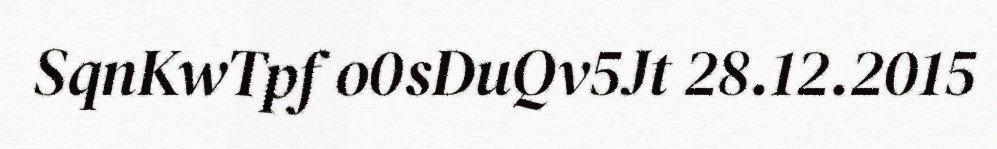
SqnKwTpf o0sDuQv5Jt 28.12.2015